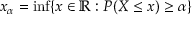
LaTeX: x _ { \alpha } = \operatorname* { i n f } \{ x \in \mathbb { R } : P ( X \leq x ) \geq \alpha \}